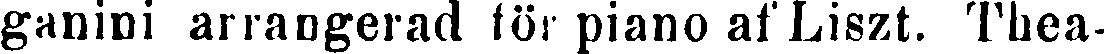
ganini arrangerad för piano af Liszt. Thea-